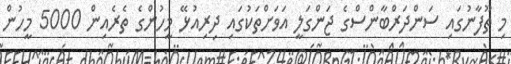
މި ތޫފާނުގައި ސަންދަރްބާންސްގެ ޖަންގަލީ އަވަށްތަކުގައި ދިރިއުޅޭ މީހުންގެ ތެރެއިން 5000 މީހުން